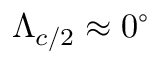
\Lambda _ { c / 2 } \approx 0 ^ { \circ }